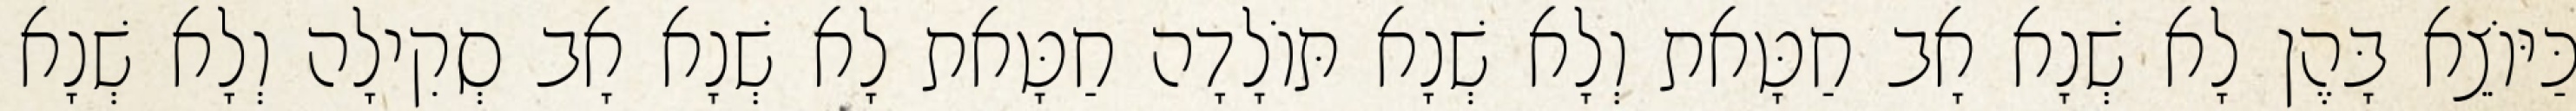
כַּיּוֹצֵא בָּהֶן לָא שְׁנָא אָב חַטָּאת וְלָא שְׁנָא תּוֹלָדָה חַטָּאת לָא שְׁנָא אָב סְקִילָה וְלָא שְׁנָא